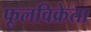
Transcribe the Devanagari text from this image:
फूलविक्रेता